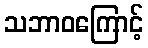
သဘာဝကြောင့်